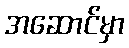
အဆောင်မှာ